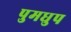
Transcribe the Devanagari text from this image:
पुमधुप